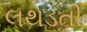
લથડતી